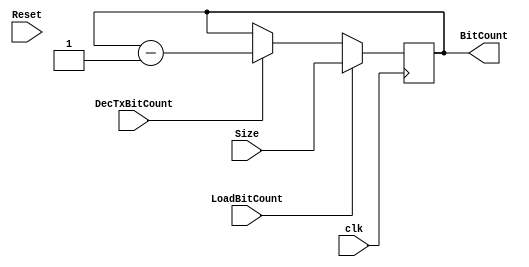
module TxBitCounter(LoadBitCount,DecTxBitCount,BitCount,Size,Reset,clk);
  input LoadBitCount;
  input DecTxBitCount;
  input [31:0]Size;
  input clk;
  input Reset;
  output reg [31:0]BitCount;
  //reg [31:0]Count;
  
  always@(posedge clk)
  begin
                    if(LoadBitCount==1'b1)
                    begin
                    BitCount <= Size;  
                    end
          
                    else if(DecTxBitCount==1'b1)
                    begin
                    BitCount <= BitCount-32'b1;  
                    end
                
                   /* else if(BitCount!=32'b0) 
                    begin 
                    BitCount <= BitCount-32'b1;  
                    end
                    
                    else if(BitCount==32'b0)
                    begin  
                    if(LoadBitCount==1'b1)  
                    begin
                    BitCount <= Size;  
                    end
                    end */
                                   
                   
                  end
                  
   
  endmodule